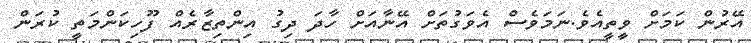
އޭރުން ކަމަށް ވީތީއެވެ.ނަމަވެސް އެވަގުތަށް އޭނާއަށް ހާދަ ދިގު އިންތިޒާރެއް ފޫހިކަންމަތީ ކުރަން